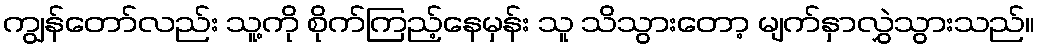
ကျွန်တော်လည်း သူ့ကို စိုက်ကြည့်နေမှန်း သူ သိသွားတော့ မျက်နှာလွှဲသွားသည်။